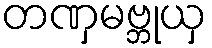
တဏှမဗ္ဘုယှ